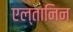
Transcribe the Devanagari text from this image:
एल्तानिन